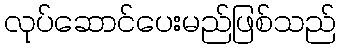
လုပ်ဆောင်ပေးမည်ဖြစ်သည်